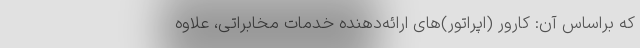
که براساس آن: کارور (اپراتور)های ارائه‌دهنده خدمات مخابراتی، علاوه